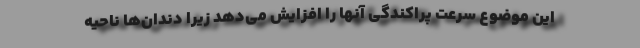
این موضوع سرعت پراکندگی آنها را افزایش می‌دهد زیرا دندان‌ها ناحیه